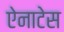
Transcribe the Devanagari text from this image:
ऐनाटेस